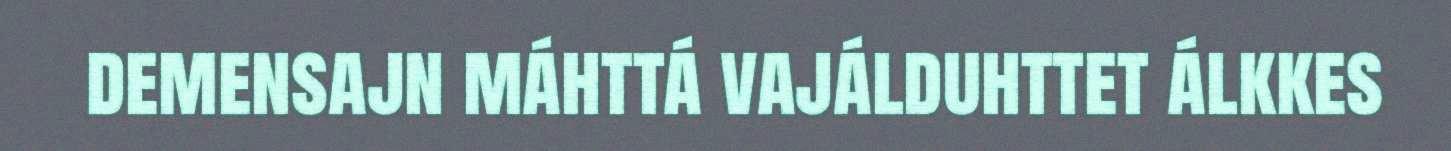
demensajn máhttá vajálduhttet álkkes